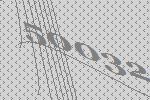
50032